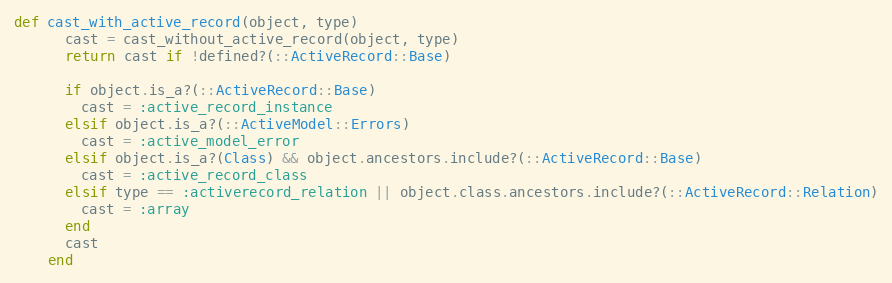
Language: Ruby
def cast_with_active_record(object, type)
      cast = cast_without_active_record(object, type)
      return cast if !defined?(::ActiveRecord::Base)

      if object.is_a?(::ActiveRecord::Base)
        cast = :active_record_instance
      elsif object.is_a?(::ActiveModel::Errors)
        cast = :active_model_error
      elsif object.is_a?(Class) && object.ancestors.include?(::ActiveRecord::Base)
        cast = :active_record_class
      elsif type == :activerecord_relation || object.class.ancestors.include?(::ActiveRecord::Relation)
        cast = :array
      end
      cast
    end